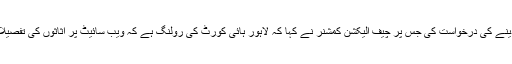
پاکستان تحریک انصاف کے وکیل کی الیکشن کمیشن سے اکاؤنٹس کی تفصیلات مخالف فریق کو نہ دینے کی درخواست کی جس پر چیف الیکشن کمشنر نے کہا کہ لاہور ہائی کورٹ کی رولنگ ہے کہ ویب سائیٹ پر اثاثوں کی تفصیلات شائع ہونی چاہئے، ہم سے تو گزشتہ دنوں میں بہت سے لوگوں نے اثاثوں کی نقول حاصل کی ہیں۔